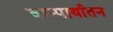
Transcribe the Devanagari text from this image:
वान्पार्यातन